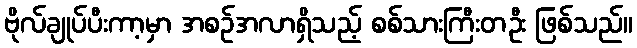
ဗိုလ်ချုပ်ပီးကာ့မှာ အစဉ်အလာရှိသည့် စစ်သားကြီးတဦး ဖြစ်သည်။